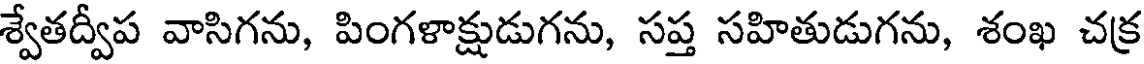
శ్వేతద్వీప వాసిగను, పింగళాక్షుడుగను, సప్త సహితుడుగను, శంఖ చక్ర